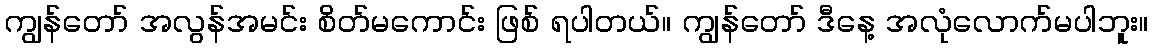
ကျွန်တော် အလွန်အမင်း စိတ်မကောင်း ဖြစ် ရပါတယ်။ ကျွန်တော် ဒီနေ့ အလုံလောက်မပါဘူး။